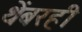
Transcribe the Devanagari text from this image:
थेंबरही